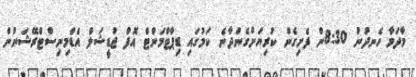
މާދަމާ ހެނދުނު 8:30ން ފެށިގެން ކުރިޔަށްގެންދާނެ ކަމުގައި ޑިޕާޓްމަންޓް އޮފް ޖުޑީޝަލް އެޑްމިނިސްޓްރޭޝަނުން